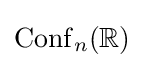
\operatorname {Conf} _{n}(\mathbb {R} )